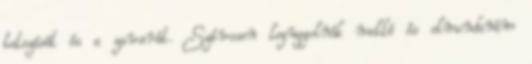
tetszését és a zavarát. Szívesen leguggolnék mellé és elmondanám